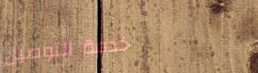
خدمة التوصيل